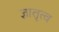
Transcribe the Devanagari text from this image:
ज्ञातृत्व